Indian journal of veterinary science and animal husbandry - Volumes 18-21, 1948-1951
Year: 1948
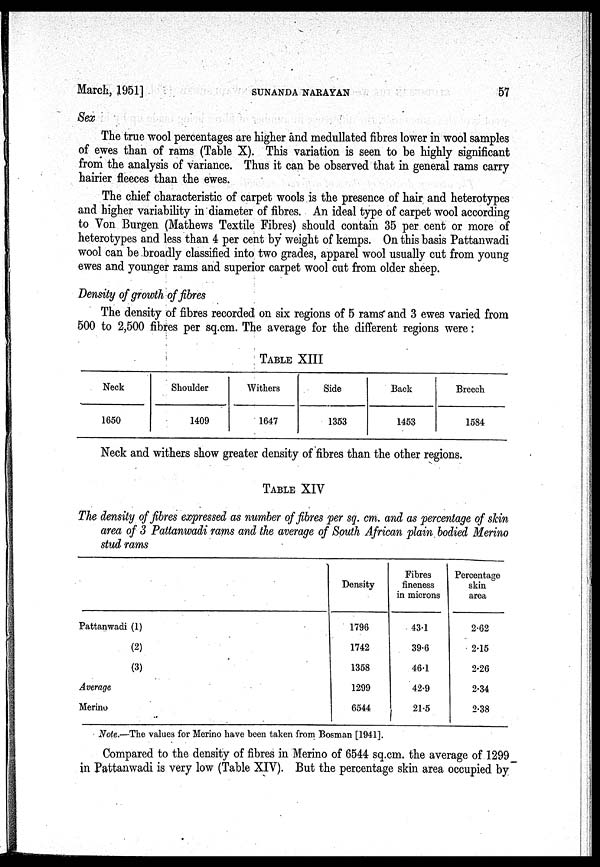
March, 1951]
SUNANDA
NARAYAN
57
Sex
The true wool percentages are higher and medullated fibres lower in wool samples
of ewes than of rams (Table X). This variation is seen to be highly significant
from the analysis of variance. Thus it can be observed that in general rams carry
hairier fleeces than the ewes.
The chief characteristic of carpet wools is the presence of hair and heterotypes
and higher variability in diameter of fibres. An ideal type of carpet wool according
to Von Burgen (Mathews Textile Fibres) should contain 35 per cent or more of
heterotypes and less than 4 per cent by weight of kemps. On this basis Pattanwadi
wool can be broadly classified into two grades, apparel wool usually cut from young
ewes and younger rams and superior carpet wool cut from older sheep.
Density of growth of fibres
The density of fibres recorded on six regions of 5 rams and 3 ewes varied from
500 to 2,500 fibres per sq.cm. The average for the different regions were:
TABLE XIII
Neck
1650
Shoulder
1409
Withers
1647
Side
1353
Back
1453
Breech
1584
Neck and withers show greater density of fibres than the other regions.
TABLE XIV
The density of fibres expressed as number of fibres per sq. cm. and as percentage of skin
area of 3 Pattanwadi rams and the average of South African plain bodied Merino
stud rams
Pattanwadi (1)
(2)
(3)
Average
Merino
Density
1796
1742
1358
1299
6544
Fibres
fineness
in microns
43.1
39.6
46.1
42.9
21.5
Percentage
skin
area
2.62
2.15
2.26
2.34
2.38
Note.—The values for Merino have been taken from Bosman [1941].
Compared to the density of fibres in Merino of 6544 sq.cm. the average of 1299
in Pattanwadi is very low (Table XIV). But the percentage skin area occupied by